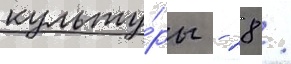
культу́ры - 28 /